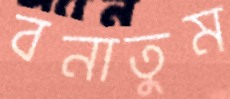
বনাতুম